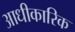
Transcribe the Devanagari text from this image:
आधीकारिक